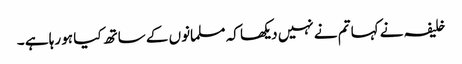
خلیفہ نے کہا تم نے نہیں دیکھا کہ مسلمانوں کے ساتھ کیا ہو رہا ہے ۔